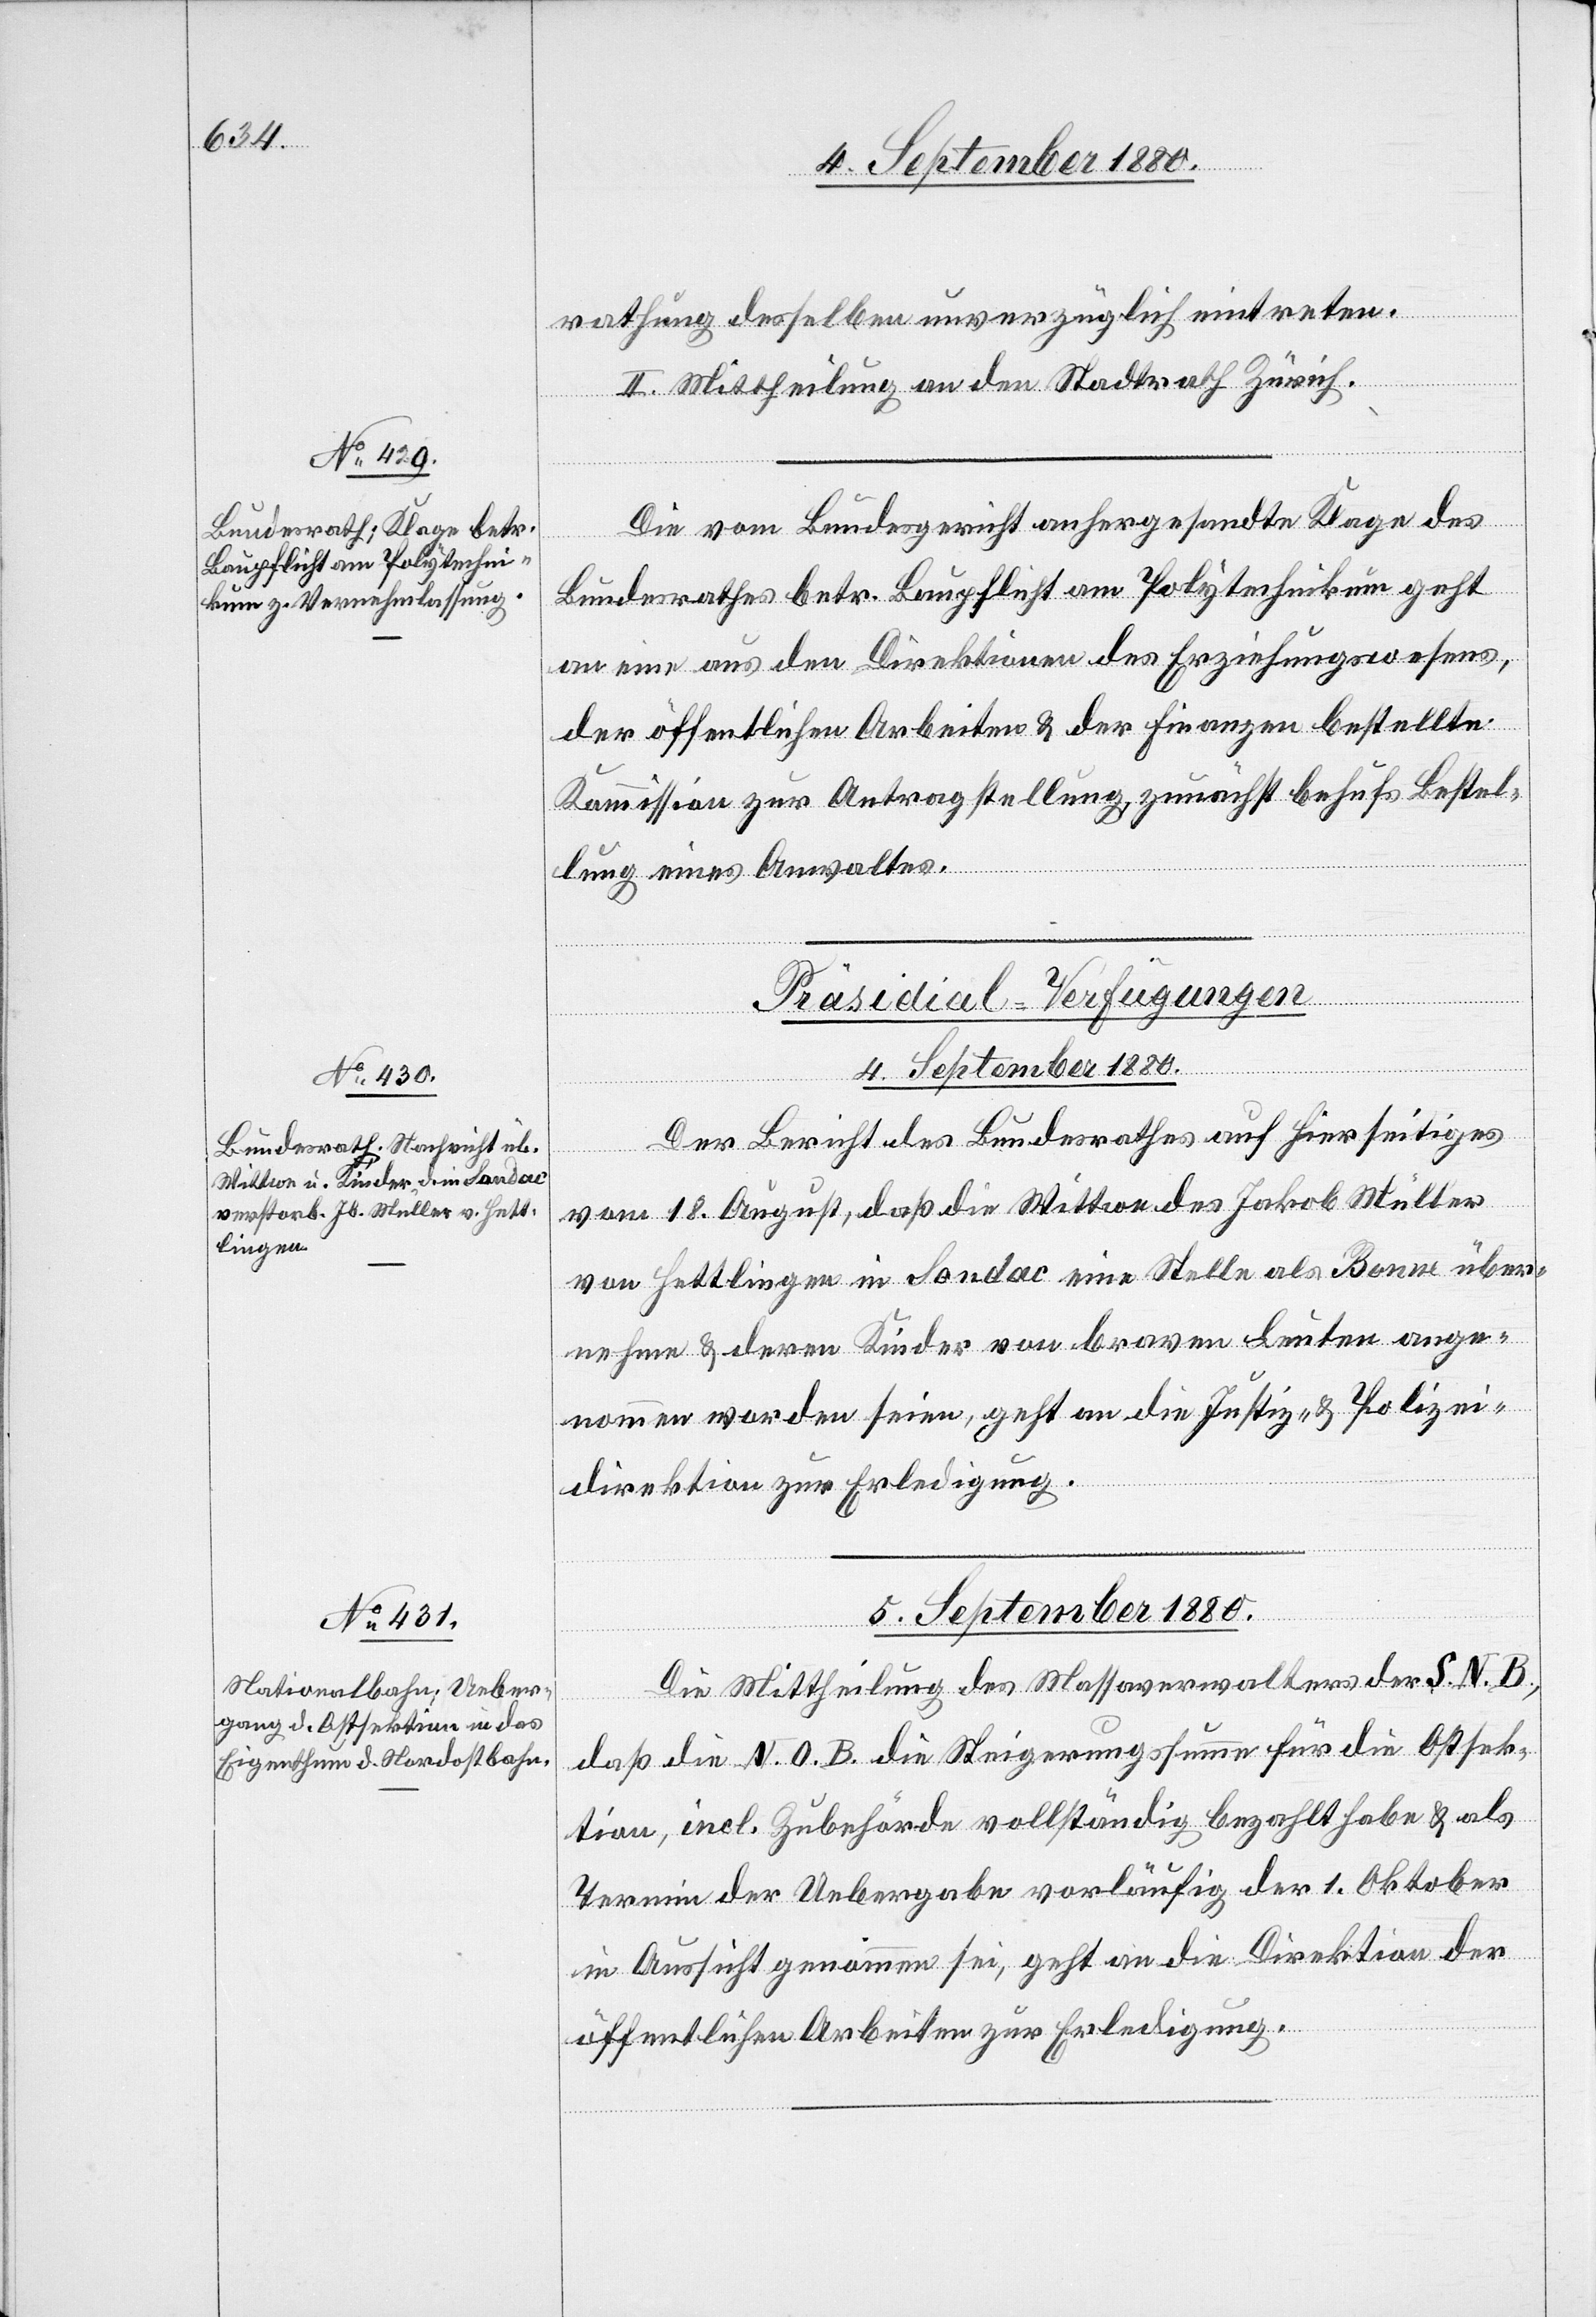
4. September 1880.
thung desselben unverzüglich eintreten.
II. Mittheilung an den Stadtrath Zürich.
Die vom Bundesgericht anhergesandte Klage des
Bundesrathes betr. Baupflicht am Polytechnikum geht
an eine aus den Direktionen des Erziehungswesens,
der öffentlichen Arbeiten & der Finanzen bestellte
Kommission zur Antragstellung, zunächst behufs Bestel¬
lung eines Anwaltes.
[Präsidial-Verfügungen]
Der Bericht des Bundesrathes auf hierseitiges
vom 18. August, daß die Wittwe des Jakob Müller
von Hettlingen in Sondac eine Stelle als Bonne über¬
nehmen & deren Kinder von braven Leuten ange¬
nommen worden seien, geht an die Justiz- & Polizei¬
direktion zur Erledigung.
5. September 1880.
Die Mittheilung des Massaverwalters der S. N. B.,
daß die N. O. B. die Steigerungssumme für die Ostsek¬
tion, incl. Zubehörde vollständig bezahlt habe & als
Termin der Uebergabe vorläufig der 1. Oktober
in Aussicht genommen sei, geht an die Direktion der
öffentlichen Arbeiten zur Erledigung.